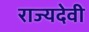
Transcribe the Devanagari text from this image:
राज्यदेवी